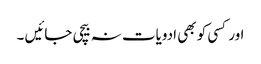
اور کسی کو بھی ادویات نہ بیچی جائیں ۔